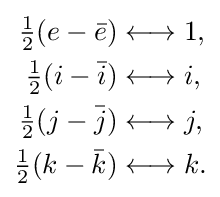
{\begin{aligned}{\tfrac {1}{2}}(e-{\bar {e}})&\longleftrightarrow 1,\\{\tfrac {1}{2}}(i-{\bar {i}})&\longleftrightarrow i,\\{\tfrac {1}{2}}(j-{\bar {j}})&\longleftrightarrow j,\\{\tfrac {1}{2}}(k-{\bar {k}})&\longleftrightarrow k.\end{aligned}}